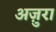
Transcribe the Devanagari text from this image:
अज़ुरा